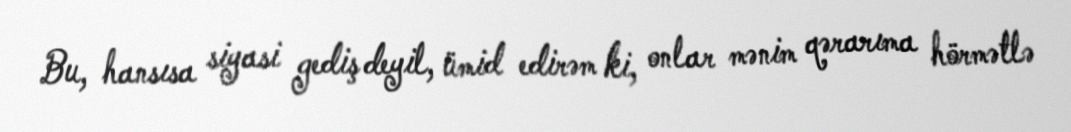
Bu, hansısa siyasi gediş deyil, ümid edirəm ki, onlar mənim qərarıma hörmətlə